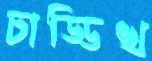
চাড্ডিখ